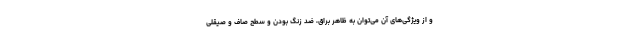
و از ویژگی‌های آن می‌توان به ظاهر براق، ضد زنگ بودن و سطح صاف و صیقلی